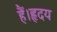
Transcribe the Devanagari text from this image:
हैं।हृदय